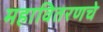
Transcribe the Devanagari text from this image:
महावितरणचे